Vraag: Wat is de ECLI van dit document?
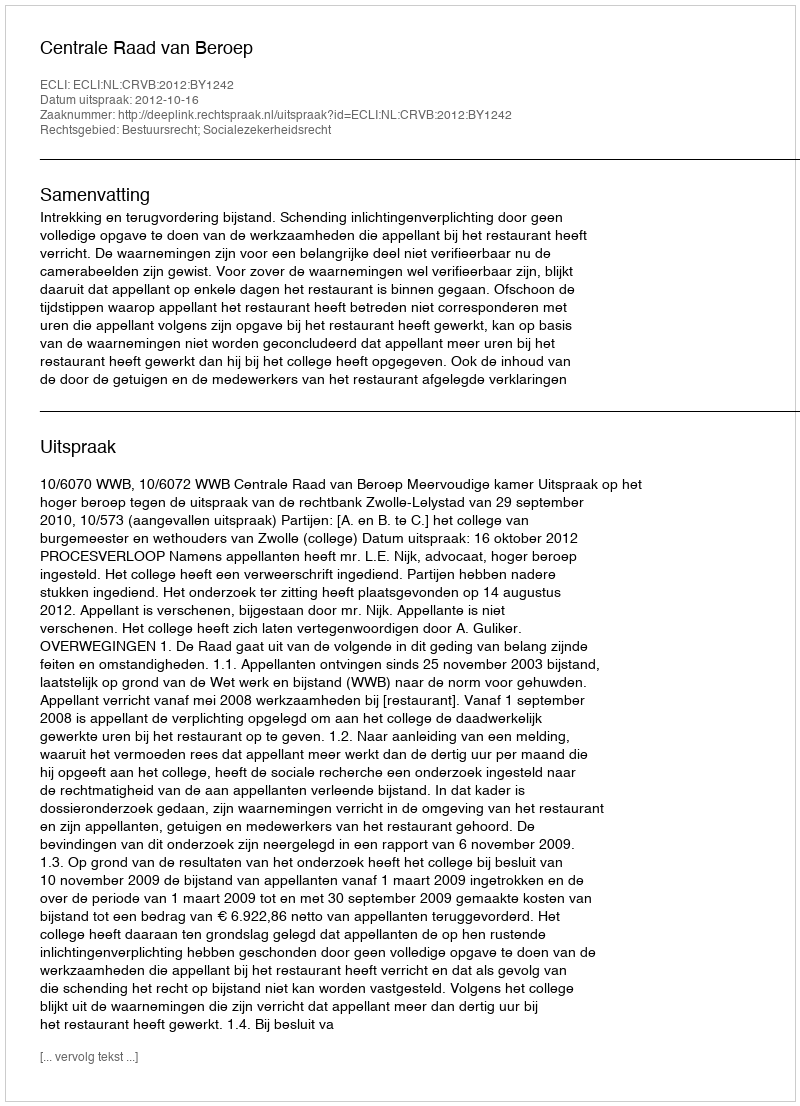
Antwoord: ECLI:NL:CRVB:2012:BY1242